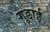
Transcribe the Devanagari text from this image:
गुडाई